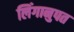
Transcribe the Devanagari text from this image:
लिंगानुपत